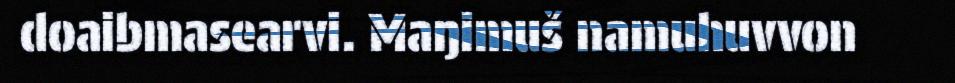
doaibmasearvi. Maŋimuš namuhuvvon